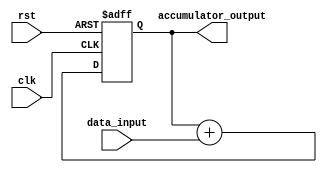
module SimpleAccumulator (
    input wire clk,
    input wire rst,
    input wire [31:0] data_input,
    output reg [31:0] accumulator_output
);

reg [31:0] accumulator;

always @(posedge clk or posedge rst)
begin
    if(rst)
        accumulator <= 0;
    else
        accumulator <= accumulator + data_input;
end

assign accumulator_output = accumulator;

endmodule